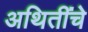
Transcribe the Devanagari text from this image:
अथितींचे